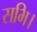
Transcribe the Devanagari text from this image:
सभि।